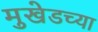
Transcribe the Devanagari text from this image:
मुखेडच्या